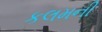
કલમની